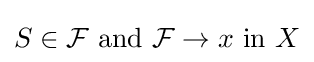
S\in {\mathcal {F}}{\text{ and }}{\mathcal {F}}\to x{\text{ in }}X